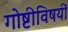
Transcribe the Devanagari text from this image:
गोष्टीविषयीं